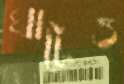
ঘাটেও